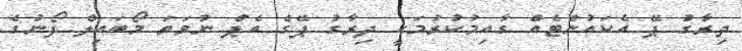
ދިރާގު ޕޭ އެކައުންޓެއް ގާއިމުކުރުމަކީ ދިރާގު ޕޭގެ އެޕް ނުވަތަ މޯބައިލް ފޯނުގެ